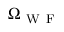
\Omega _ { \mathrm { ~ W ~ F ~ } }